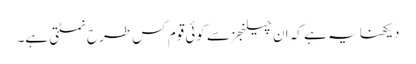
دیکھنا یہ ہے کہ ان چیلنجز سے کوئی قوم کس طرح نمٹتی ہے۔